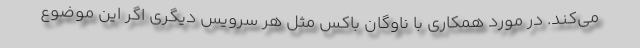
می‌کند. در مورد همکاری با ناوگان باکس مثل هر سرویس دیگری اگر این موضوع